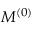
M ^ { ( 0 ) }